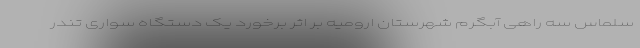
سلماس سه راهی آبگرم شهرستان ارومیه بر اثر برخورد یک دستگاه سواری تندر